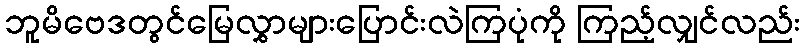
ဘူမိဗေဒတွင်မြေလွှာများပြောင်းလဲကြပုံကို ကြည့်လျှင်လည်း